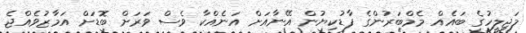
މަޖިލީހުގެ ބައެއް މެމްބަރުންގެ ފާޑުކިޔުން އޭނާއަށް އަނެއްކާ ވެސް ވަރަށް ބޮޑަށް އަމާޒުވެެއްޖެ